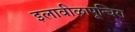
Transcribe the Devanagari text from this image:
इलावीऴापून्चिरा